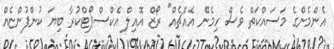
އެންމެންގެ މަސައްކަތް ވެސް ހިމެނޭ އެއްޗެއް" ރޯޒް އޮއިލް އެކްސްޕޯޓްކުރާ ބިޔަ ކުންފުންޏެއް